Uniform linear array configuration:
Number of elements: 8
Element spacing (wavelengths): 0.75
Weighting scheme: exponential
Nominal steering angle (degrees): -45
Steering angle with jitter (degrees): -44.384
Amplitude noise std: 0.05
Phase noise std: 0.05

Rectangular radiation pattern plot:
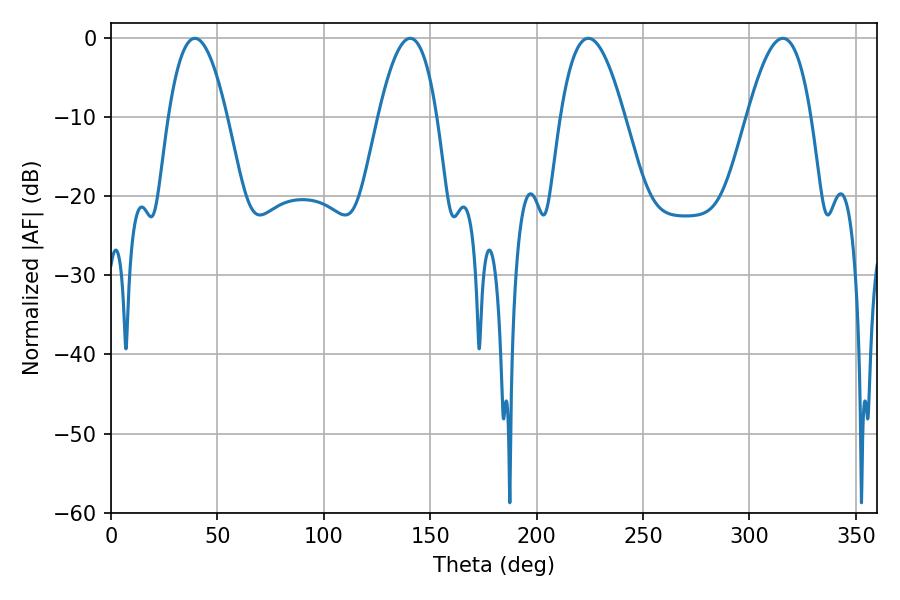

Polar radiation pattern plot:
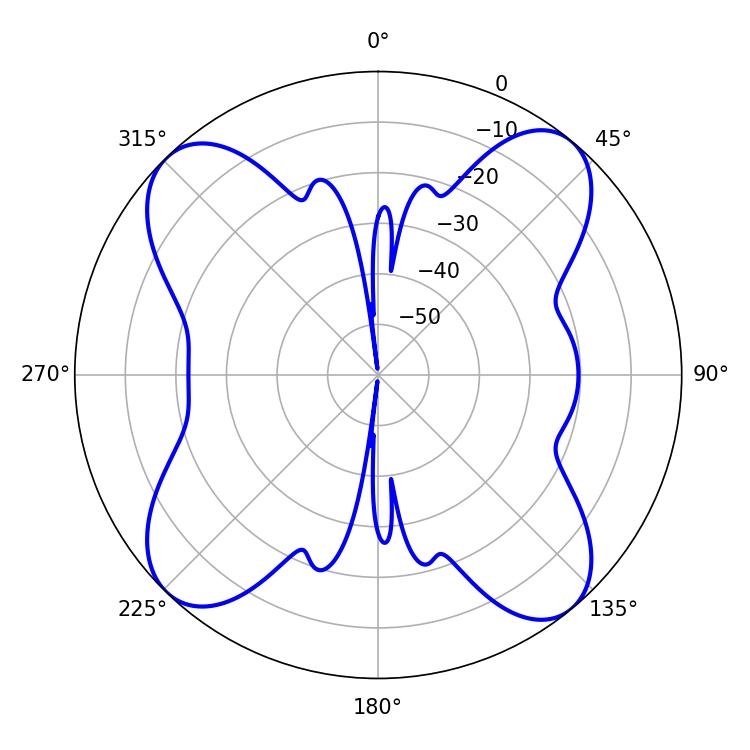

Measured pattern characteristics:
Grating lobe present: TRUE
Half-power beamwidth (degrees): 15.12
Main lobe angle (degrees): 39.42